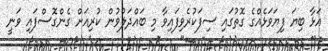
އަޅާ ބިޔަ ފިޔަވަޅެއްގެ ގޮތުގައި ސިފަކުރެވިފައިވާ މި ބައްދަލުވުން ކުރިއަށް ގެންގޮސްފައި ވަނީ